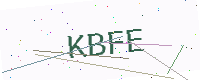
Text: KBFE